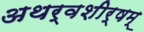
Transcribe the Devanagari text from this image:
अथर्वशीर्षम्